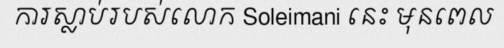
ការស្លាប់របស់លោក Soleimani នេះ មុនពេល